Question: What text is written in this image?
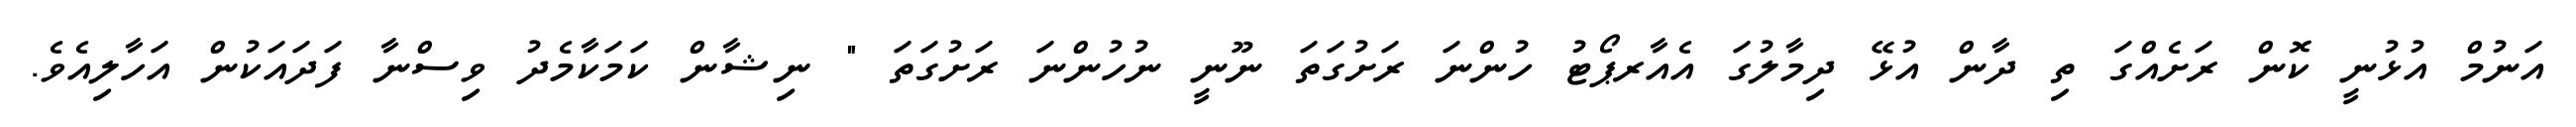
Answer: އަނުމް އުޅުނީ ކޮން ރަށެއްގަ ތި ދާން އުޅޭ ދިމާލުގަ އެއާރޕޯޓު ހުންނަ ރަށުގަތަ ނޫނީ ނުހުންނަ ރަށުގަތަ " ނިޝާން ކަމަކާމެދު ވިސްނާ ފަދައަކުން އަހާލިއެވެ.